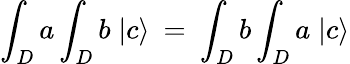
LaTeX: \int_{D}a\int_{D}b\; |c\rangle\: =\: \int_{D}b\int_{D}a\; |c\rangle